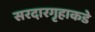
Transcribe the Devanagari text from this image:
सरदारगृहाकडे